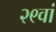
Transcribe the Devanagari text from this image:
२९वां